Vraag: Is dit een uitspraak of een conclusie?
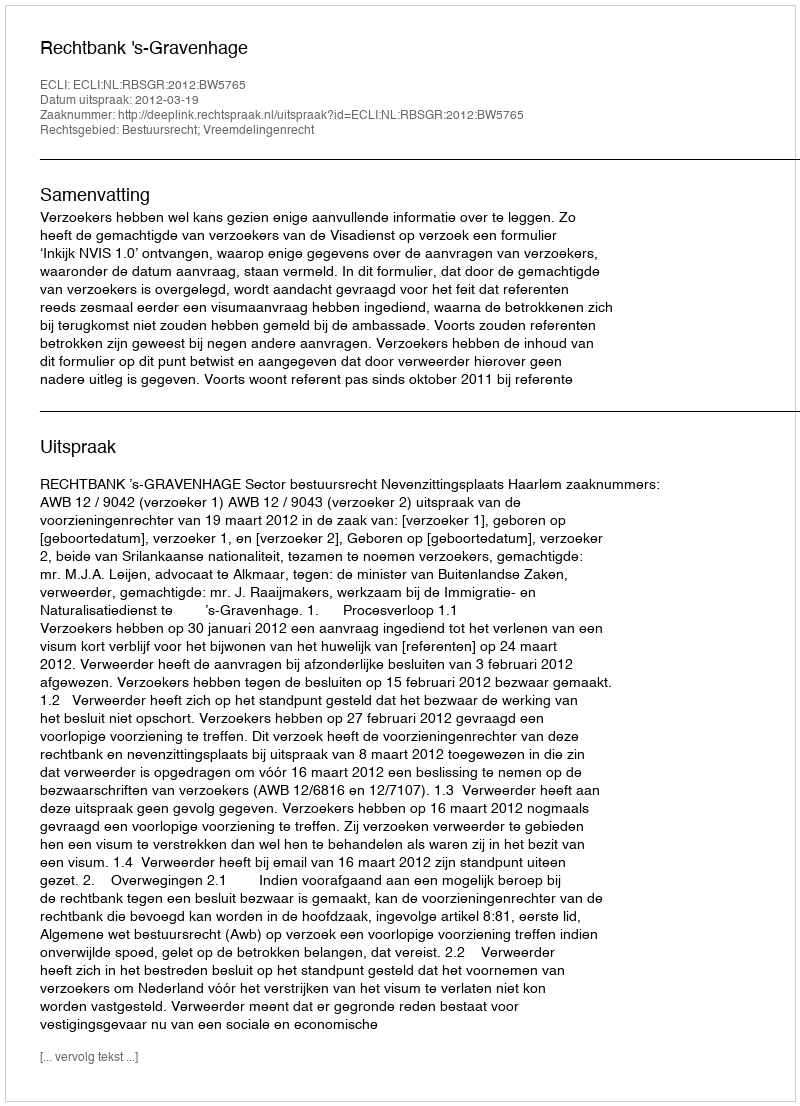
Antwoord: Uitspraak